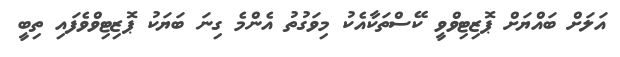
އަލަށް ބައްޔަށް ޕޮޒިޓިވްވީ ކޭސްތަކާއެކު މިވަގުތު އެންމެ ގިނަ ބަޔަކު ޕޮޒިޓިވްވެފައި ތިބީ